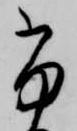
ふ